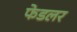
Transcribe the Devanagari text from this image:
फेडलर